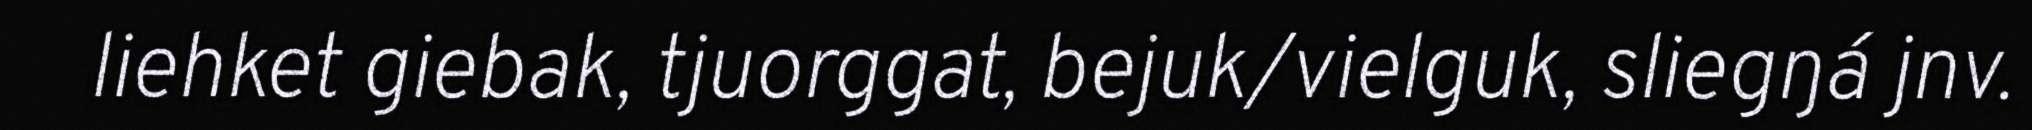
liehket giebak, tjuorggat, bejuk/vielguk, sliegŋá jnv.